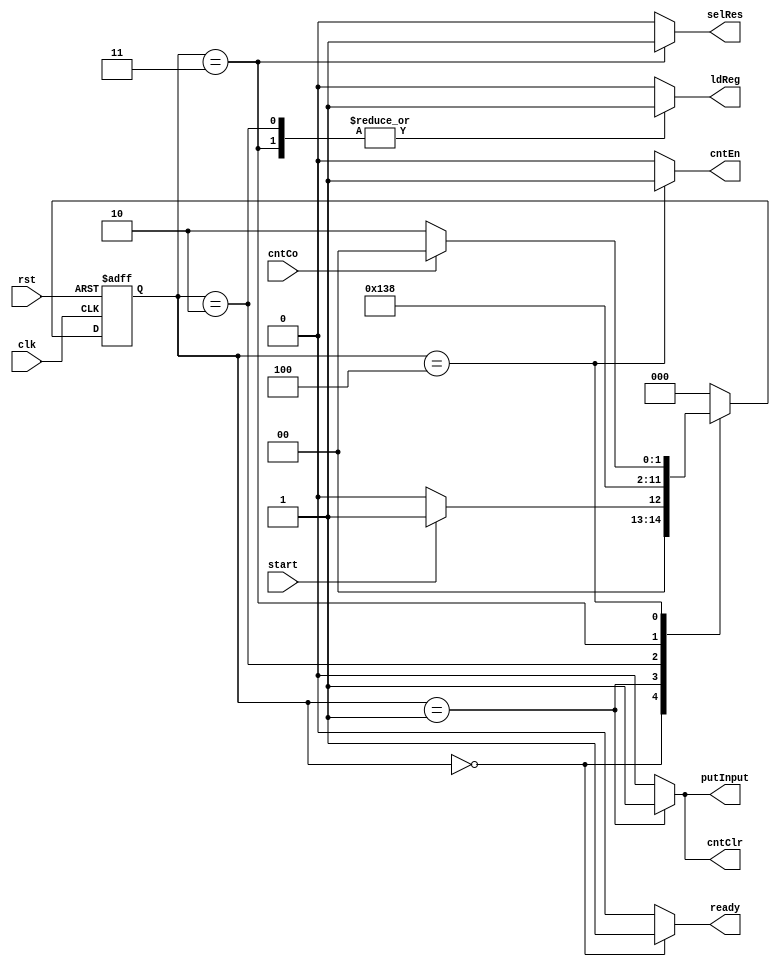
module PermutationController (clk, rst, start, cntCo,
                              ready, ldReg, cntEn, cntClr, putInput, selRes);
    localparam Idle  = 3'b000,
               Init  = 3'b001,
               Load  = 3'b010,
               Res   = 3'b011,
               Count = 3'b100;

    input clk, rst, start, cntCo;
    output ready, ldReg, cntEn, cntClr, putInput, selRes;

    reg ready, ldReg, cntEn, cntClr, putInput, selRes;
    reg [2:0] pstate, nstate;

    always @(pstate or start or cntCo) begin
        nstate = Idle;
        case (pstate)
            Idle:  nstate = start ? Init : Idle;
            Init:  nstate = Load;
            Load:  nstate = Res;
            Res:   nstate = Count;
            Count: nstate = cntCo ? Idle : Load;
            default:;
        endcase
    end

    always @(pstate) begin
        {ready, ldReg, cntEn, cntClr, putInput, selRes} = 6'd0;
        case (pstate)
            Idle:  ready = 1'b1;
            Init:  {cntClr, putInput} = 2'b11;
            Load:  {ldReg, selRes} = 2'b10;
            Res:   {ldReg, selRes} = 2'b11;
            Count: cntEn = 1'b1;
            default:;
        endcase
    end

    always @(posedge clk or posedge rst) begin
        if (rst)
            pstate <= Idle;
        else
            pstate <= nstate;
    end
endmodule